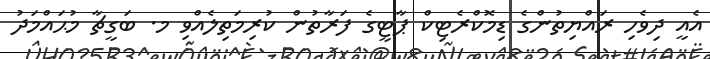
އެއީ ދިވެހި ރައްޔިތުންގެ ޑިމޮކްރެޓިކް ޕާޓީގެ ފަރާތުން ކުރިމަތިލެއްވި މ. ބަގީޗާ މުޙައްމަދު